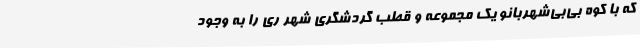
که با کوه بی‌بی‌شهربانو یک مجموعه و قطب گردشگری شهر ری را به‌ وجود